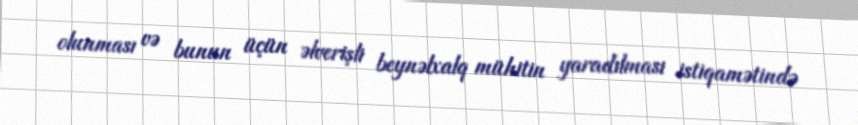
olunması və bunun üçün əlverişli beynəlxalq mühitin yaradılması istiqamətində